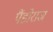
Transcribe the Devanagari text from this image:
पैंडोराज